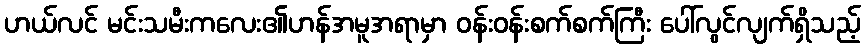
ဟယ်လင် မင်းသမီးကလေး၏ဟန်အမူအရာမှာ ဝန်းဝန်းစက်စက်ကြီး ပေါ်လွင်လျက်ရှိသည့်